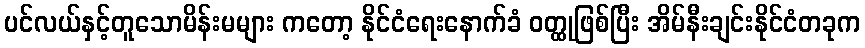
ပင်လယ်နှင့်တူသောမိန်းမများ ကတော့ နိုင်ငံရေးနောက်ခံ ဝတ္ထုဖြစ်ပြီး အိမ်နီးချင်းနိုင်ငံတခုက